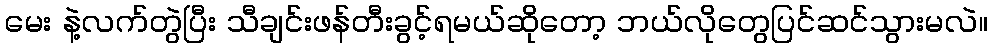
မေး နဲ့လက်တွဲပြီး သီချင်းဖန်တီးခွင့်ရမယ်ဆိုတော့ ဘယ်လိုတွေပြင်ဆင်သွားမလဲ။